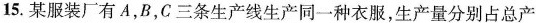
15.某服装厂有A，B，C三条生产线生产同一种衣服，生产量分别占总产